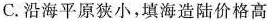
C.沿海平原狭小，填海造陆价格高